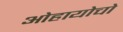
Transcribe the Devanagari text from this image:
ओहायोचो